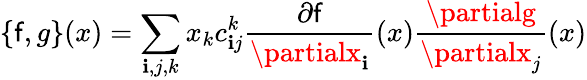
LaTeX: \{ \mathsf{f},g\} (x)=\sum_{\mathbf{i},j,k}x_{k}c_{\mathbf{i}j}^{k}\frac{{\partial\mathsf{f}}}{{\partialx_{\mathbf{i}}}}(x)\frac{{\partialg}}{{\partialx_{j}}}(x)